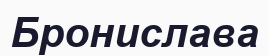
Бронислава